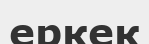
еркек